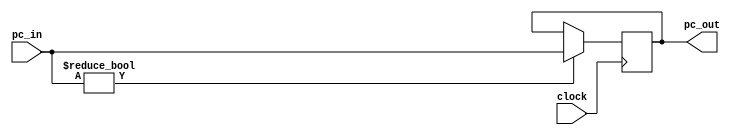
`timescale 1ns / 1ps
//////////////////////////////////////////////////////////////////////////////////
// Company: 
// Engineer: 
// 
// Design Name: 
// Module Name: pc_register
// Project Name: 
// Target Devices: 
// Tool Versions: 
// Description: 
// 
// Dependencies: 
// 
// Revision:
// Revision 0.01 - File Created
// Additional Comments:
// 
//////////////////////////////////////////////////////////////////////////////////


module pc_register(clock, pc_in, pc_out);
input clock;
input [31:0] pc_in;
output reg [31:0] pc_out;

initial
    pc_out = 32'd0;
    
always@(posedge clock)
begin
    if (pc_in)
        pc_out = pc_in;
end
endmodule